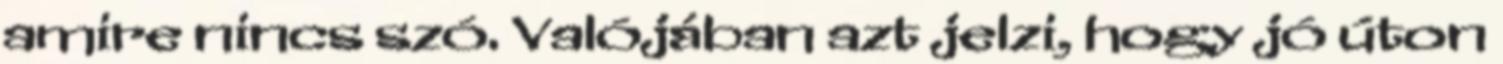
amire nincs szó. Valójában azt jelzi, hogy jó úton